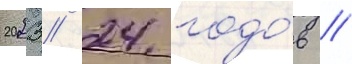
2023/ 24 годо́в //